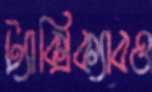
ট্যাক্সিক্যাবও